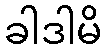
ခါဒါမိ